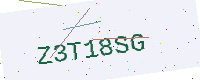
Text: Z3T18SG